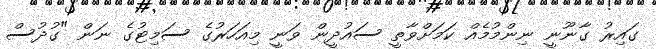
ގައިރު ގާނޫނީ ނިންމުމެއް ކަމަށްވާތީ ސައުދީން ވަނީ މިއަހަރުގެ ސަމިޓުގެ ނަން "ގުދުސް